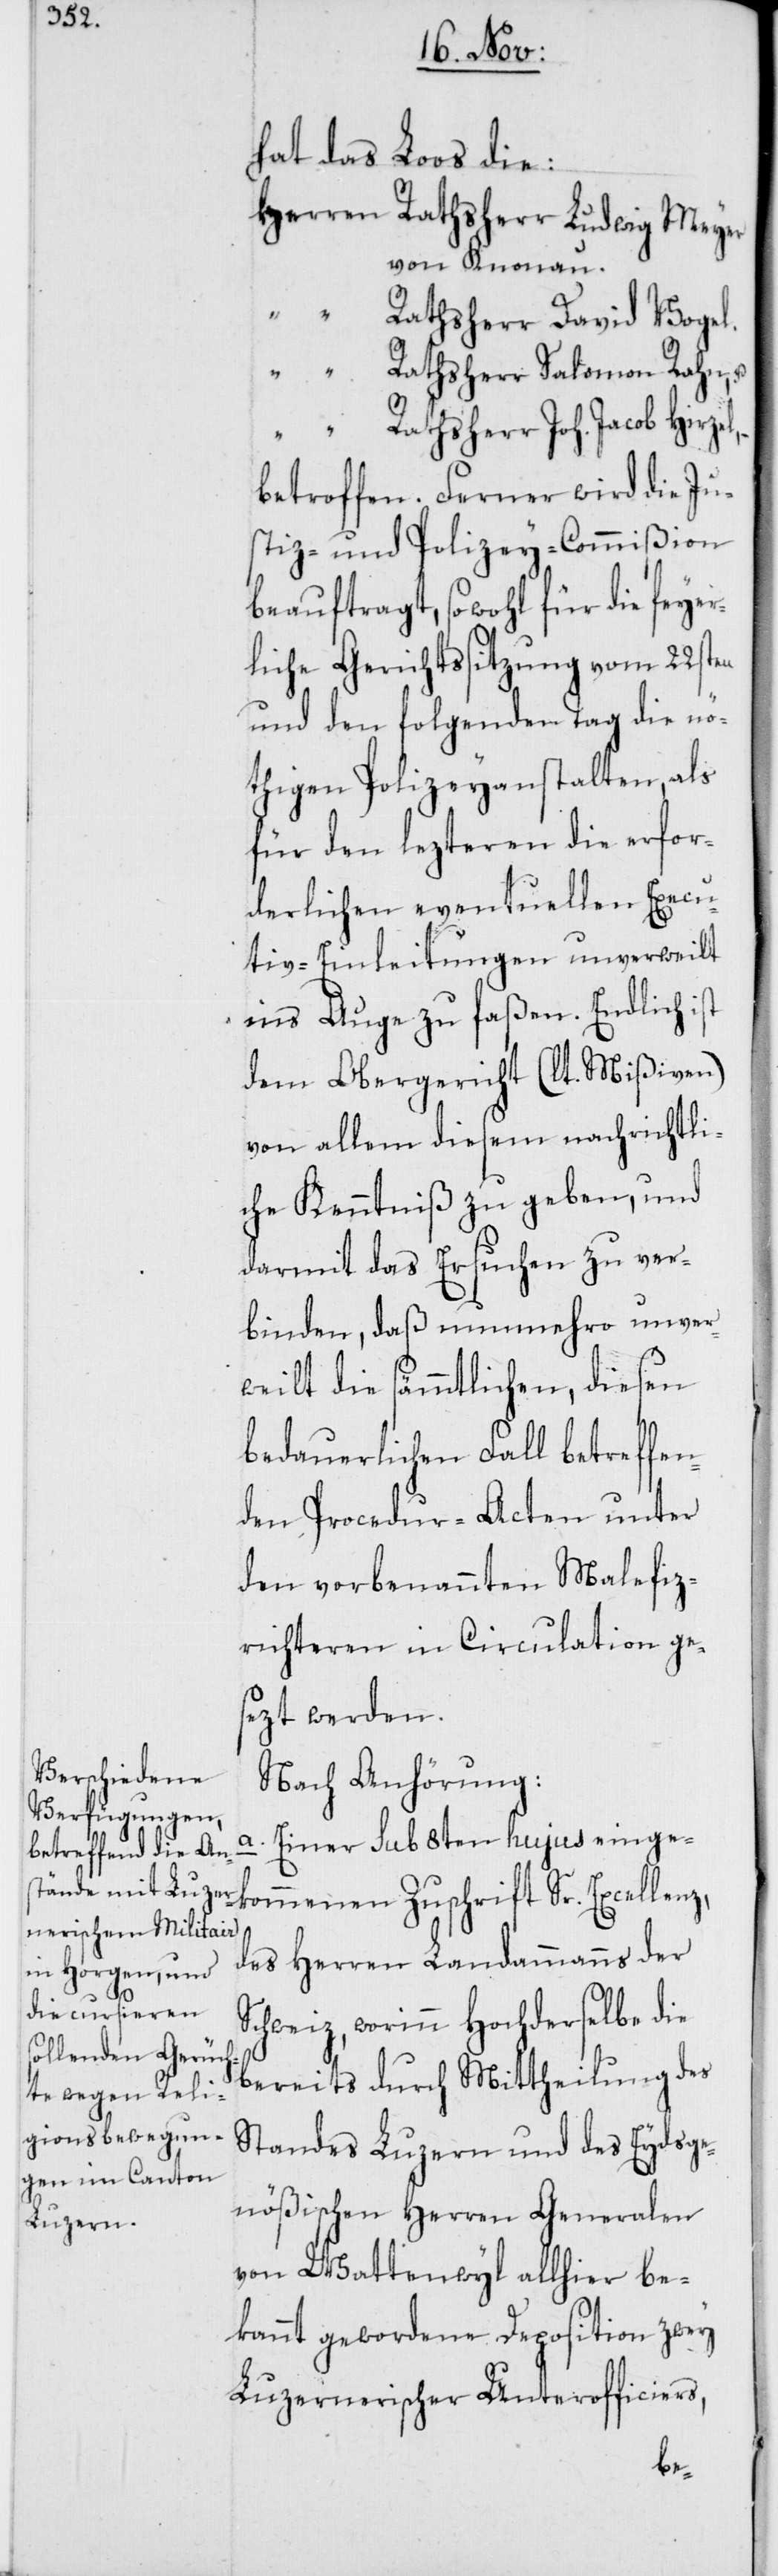
hat das Loos die:
Herren Rathsherr Ludwig Meyer
von Knonau.
“ Rathsherr David Vogel.
“ Rathsherr Salomon Rahn, u.
“ Rathsherr Joh. Jacob Hirzel,
betroffen. Ferner wird die Ju¬
stiz- und Polizey-Commißion
beauftragt, sowohl für die feyer¬
liche Gerichtssitzung vom 22sten
und den folgenden Tag die nö¬
thigen Polizeyanstalten, als
für den lezteren die erfor¬
derlichen eventuellen Execu¬
tiv-Einleitungen unverweilt
ins Auge zu faßen. Endlich ist
dem Obergericht (lt. Mißiven)
von allem diesem nachrichtli¬
che Kenntniß zu geben, und
darmit das Ersuchen zu ver¬
binden, daß nunmehro unver¬
weilt die sämmtlichen, diesen
bedauerlichen Fall betreffen¬
den Procedur-Acten unter
den vorbenannten Malefiz¬
richteren in Circulation ge¬
sezt werden.
Nach Anhörung:
a. Einer sub 8ten hujus einge¬
des Herren Landammanns der
Schweiz, worinn Hochderselbe die
bereits durch Mittheilung des
Standes Luzern und des Eydsge¬
nößischen Herren Generalen
kommenen
von Wattenwyl allhier be¬
kannt gewordene Deposition zwey
Luzernerischer Unterofficiers,